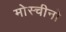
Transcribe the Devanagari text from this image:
मोस्चीनो